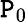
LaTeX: \mathtt{P}_{0}